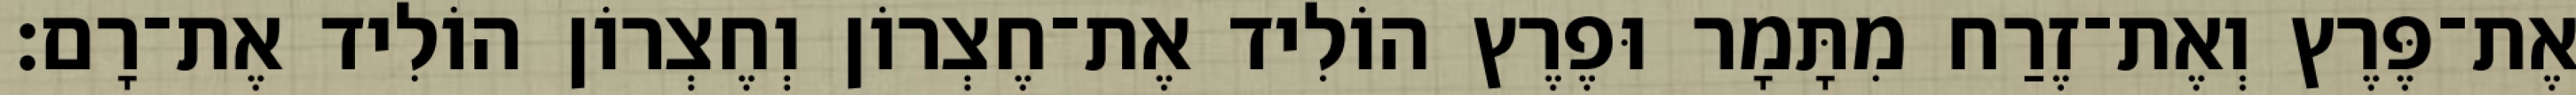
אֶת־פֶּרֶץ וְאֶת־זֶרַח מִתָּמָר וּפֶרֶץ הוֹלִיד אֶת־חֶצְרוֹן וְחֶצְרוֹן הוֹלִיד אֶת־רָם׃